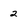
Character: 2